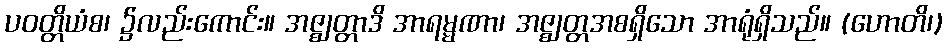
ပဝတ္တိယံစ၊ ၌လည်းကောင်း။ အဇ္ဈတ္တာဒိ အာရမ္မဏာ၊ အဇ္ဈတ္တအစရှိသော အာရုံရှိသည်။ (ဟောတိ၊)